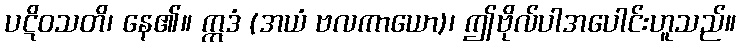
ပဋိဝသတိ၊ နေ၏။ ဣဒံ (အယံ ဗလကာယော)၊ ဤဗိုလ်ပါအပေါင်းဟူသည်။